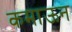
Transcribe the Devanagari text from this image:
कमाऊन